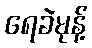
ရေခဲမုန့်